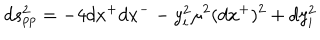
LaTeX: d s _ { p p } ^ { 2 } = - 4 d x ^ { + } d x ^ { -- } y _ { i } ^ { 2 } \mu ^ { 2 } ( d x ^ { + } ) ^ { 2 } + d y _ { i } ^ { 2 }